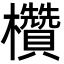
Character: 欑